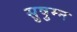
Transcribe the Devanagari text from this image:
सुषुम्न